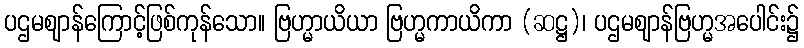
ပဌမဈာန်ကြောင့်ဖြစ်ကုန်သော။ ဗြဟ္မာယိယာ ဗြဟ္မကာယိကာ (ဆဋ္ဌ)၊ ပဌမဈာန်ဗြဟ္မအပေါင်း၌